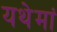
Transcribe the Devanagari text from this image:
यथेमां